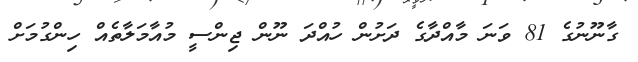
ގާނޫނުގެ 81 ވަނަ މާއްދާގެ ދަށުން ހުއްދަ ނޫން ޖިންސީ މުއާމަލާތެއް ހިންގުމަށް